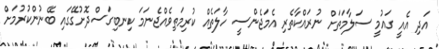
އަދި އެއީ ގައުމީ ސަލާމަތަށް ނުރައްކާތެރި އެމަޖެންސީ ހާލަތެއް ކުރިމަތިވެއްޖެނަމަ ކިނބިގަސްދޮށުގޭގައި ބޭނުންކުރުމަށް